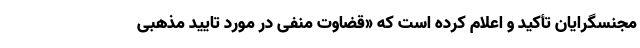
مجنسگرایان تأکید و اعلام کرده است که «قضاوت منفی در مورد تایید مذهبی